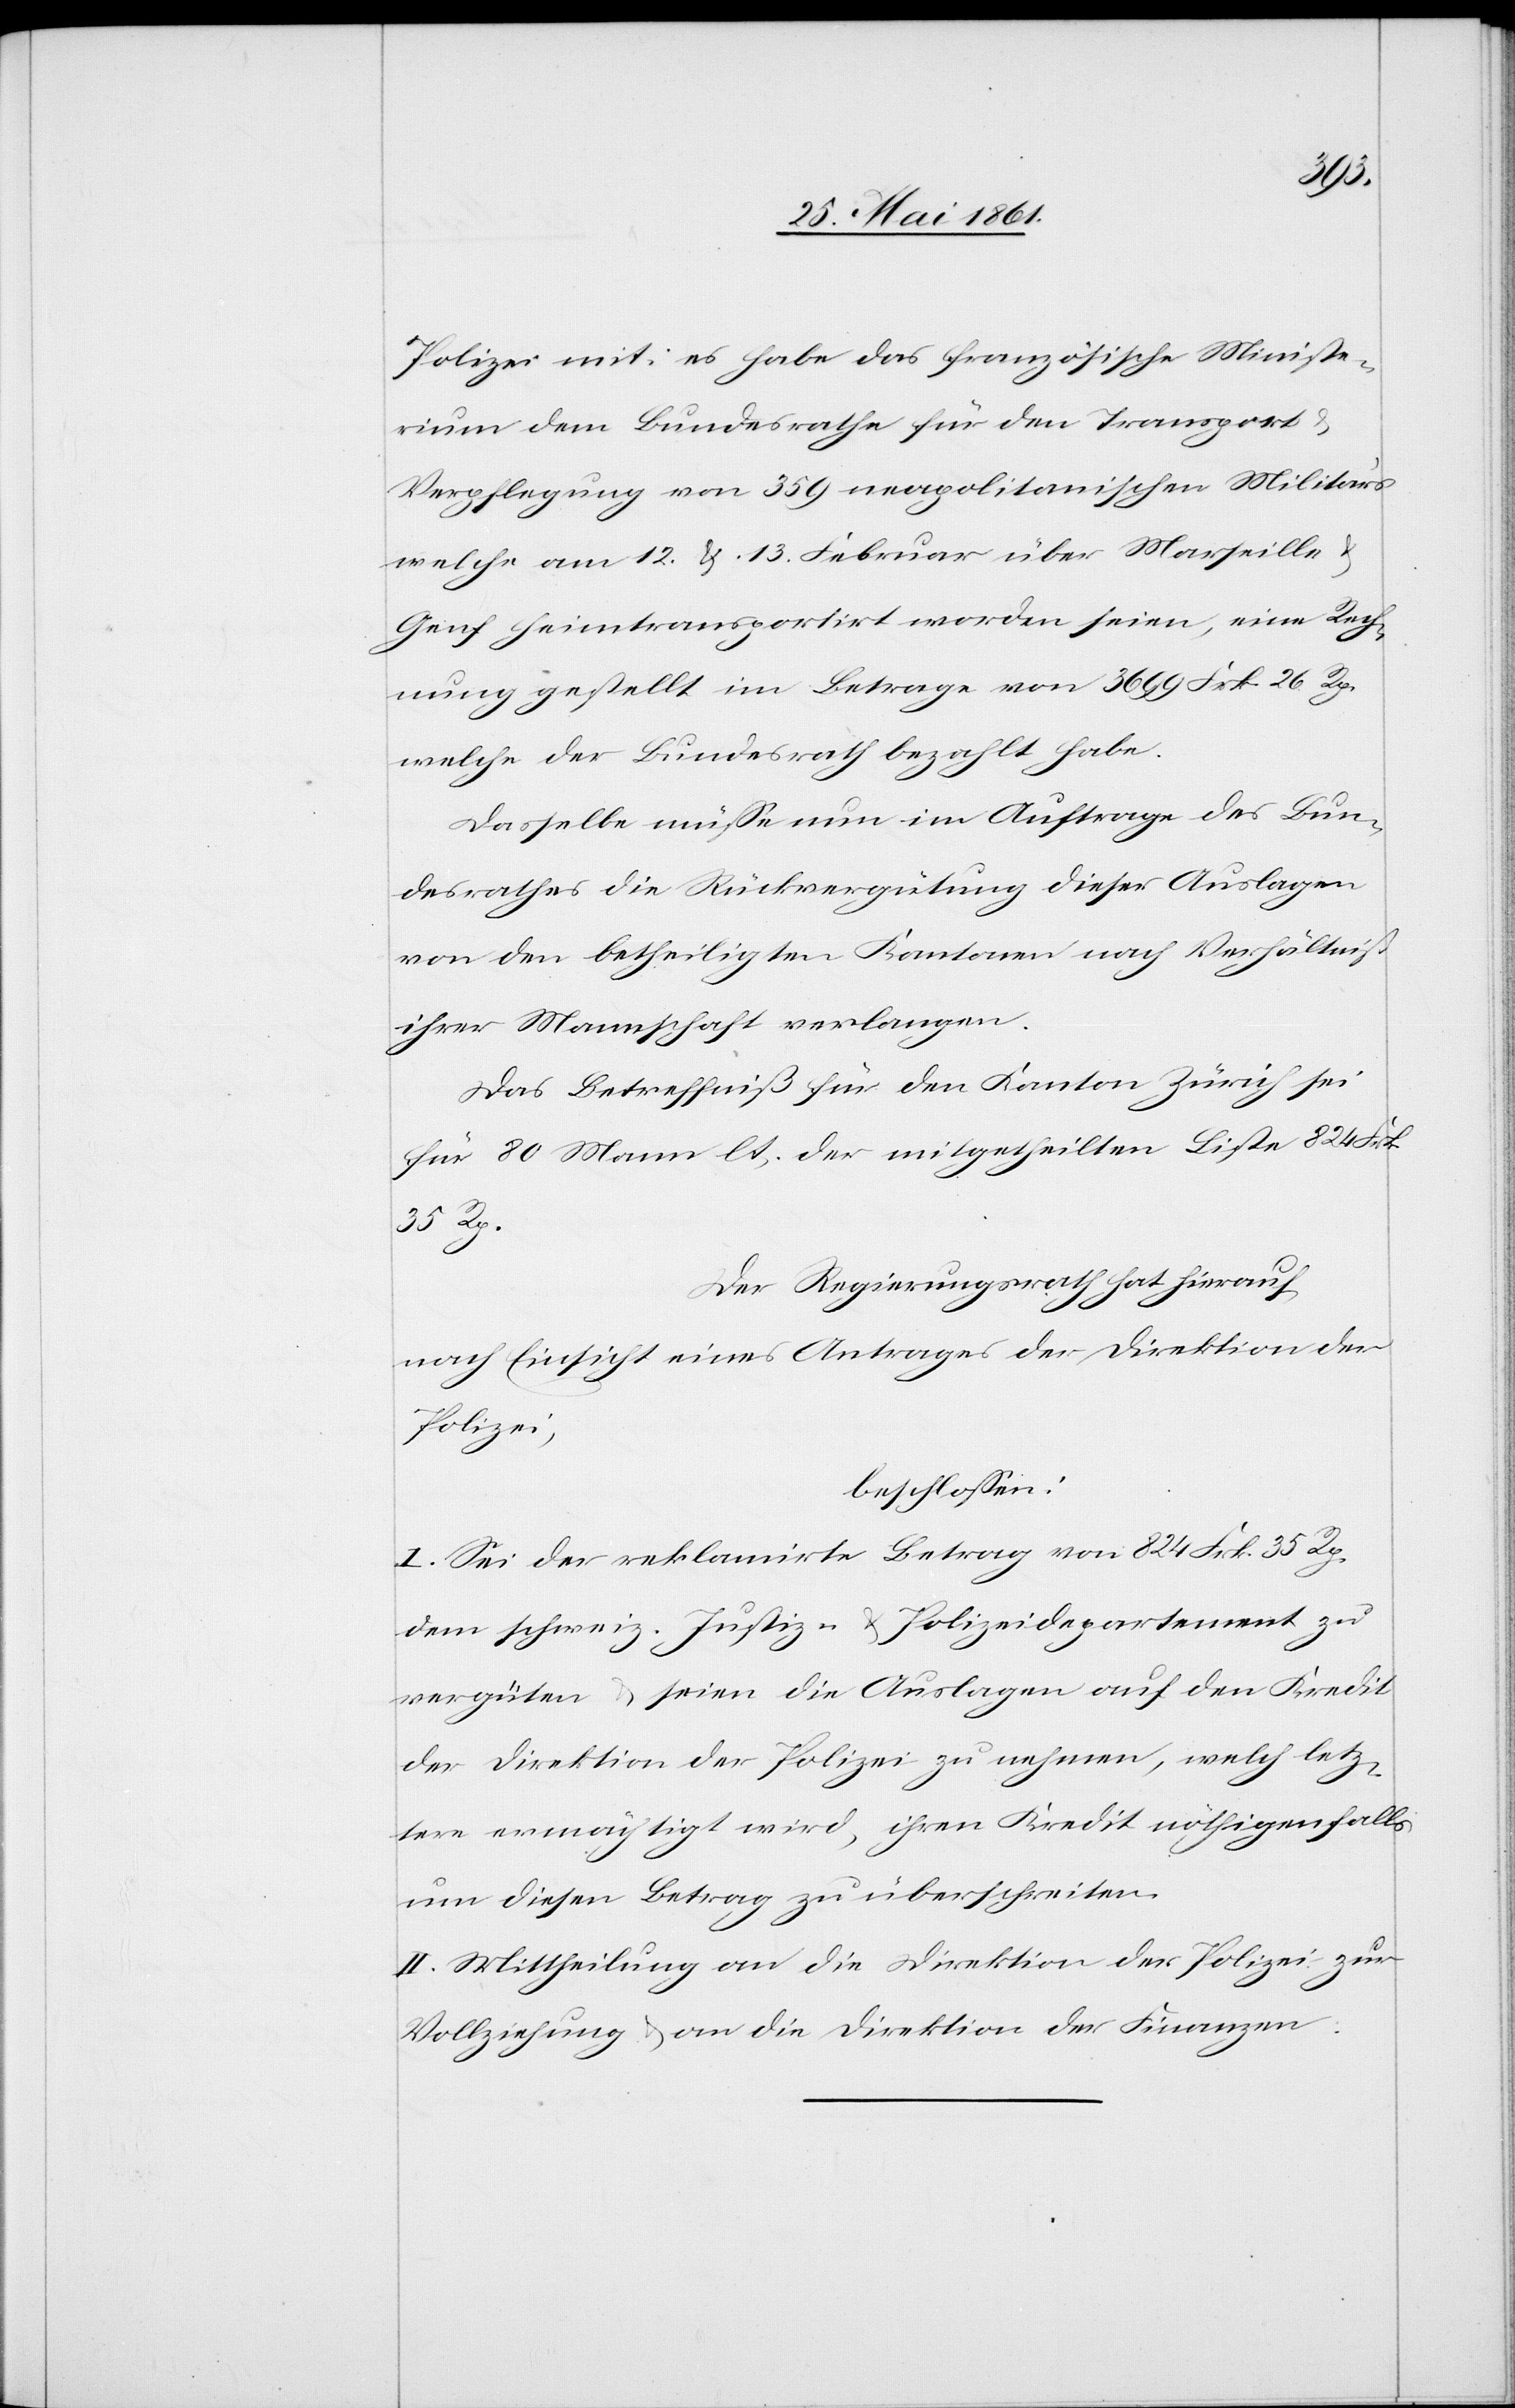
Polizei mit: es habe das französische Ministe¬
rium dem Bundesrathe für den Transport u.
Verpflegung von 359 neapolitanischen Militärs
welche am 12. u. 13. Februar über Marseille
Genf heimtransportirt worden seien, eine Rech¬
nung gestellt im Betrage von 3699 Frk. 26 Rp.
welche der Bundesrath bezahlt habe.
Dasselbe müsse nun im Auftrage des Bun¬
desrathes die Rückvergütung dieser Auslagen
von den betheiligten Kantonen nach Verhältniss
ihrer Mannschaft verlangen.
Das Betreffniß für den Kanton Zürich sei
für 80 Mann lt. der mitgetheilten Liste 824 Frk.
35 Rp.
Der Regierungsrath hat hierauf
nach Einsicht eines Antrages der Direktion der
Polizei,
beschlossen:
I. Sei der reklamirte Betrag von 824 Frk. 35 Rp.
dem schweiz. Justiz- u. Polizeidepartement zu
vergüten u. seien die Auslagen auf den Kredit
der Direktion der Polizei zu nehmen, welch letz¬
tere ermächtigt wird, ihren Kredit nöthigenfalls
um diesen Betrag zu überschreiten.
II. Mittheilung an die Direktion der Polizei zur
Vollziehung u. an die Direktion der Finanzen.